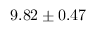
9 . 8 2 \pm 0 . 4 7